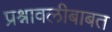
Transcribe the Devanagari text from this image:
प्रश्नावलीबाबत